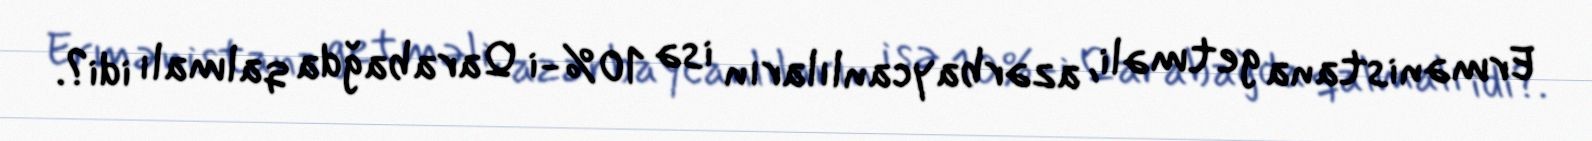
Ermənistana getməli, azərbaycanlıların isə 10%-i Qarabağda qalmalı idi?.